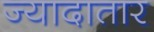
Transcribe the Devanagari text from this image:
ज्‍यादातार